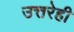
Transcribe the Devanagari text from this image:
उत्तरेही